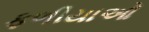
ફળીયાઓ